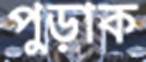
পুড়াক